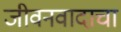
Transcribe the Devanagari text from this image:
जीवनवादाचा